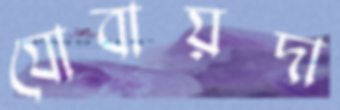
যোবায়দা